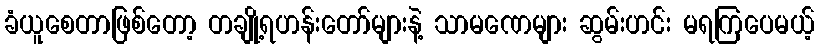
ခံယူစေတာဖြစ်တော့ တချို့ရဟန်းတော်များနဲ့ သာမဏေများ ဆွမ်းဟင်း မရကြပေမယ့်